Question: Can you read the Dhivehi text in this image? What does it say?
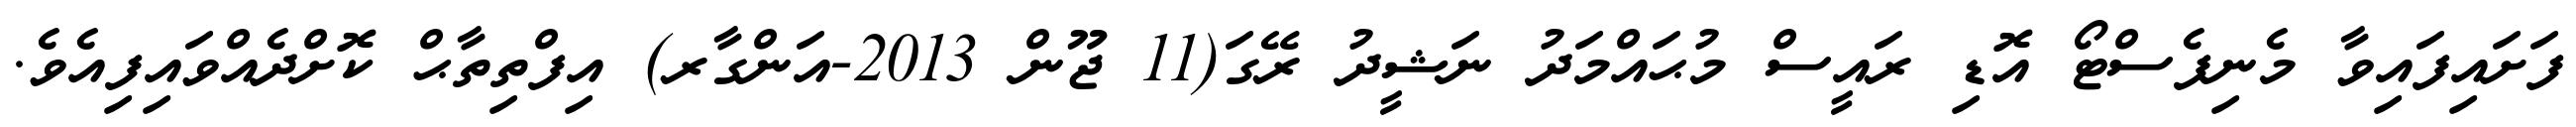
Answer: ފަށައިފައިވާ މެނިފެސްޓޯ އޮޑި ރައީސް މުޙައްމަދު ނަޝީދު ރޭގަ(11 ޖޫން 2013-އަންގާރ) އިފްތިތާޙް ކޮށްދެއްވައިފިއެވެ.